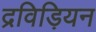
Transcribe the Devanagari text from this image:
द्रविड़ियन